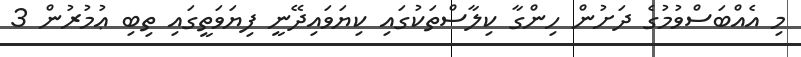
މި އެއްބަސްވުމުގެ ދަށުން ހިންގާ ކިލާސްތަކުގައި ކިޔަވައިދޭނީ ފިޔަވަތީގައި ތިބި ޢުމުރުން 3